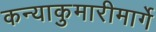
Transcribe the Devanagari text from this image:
कन्याकुमारीमार्गे